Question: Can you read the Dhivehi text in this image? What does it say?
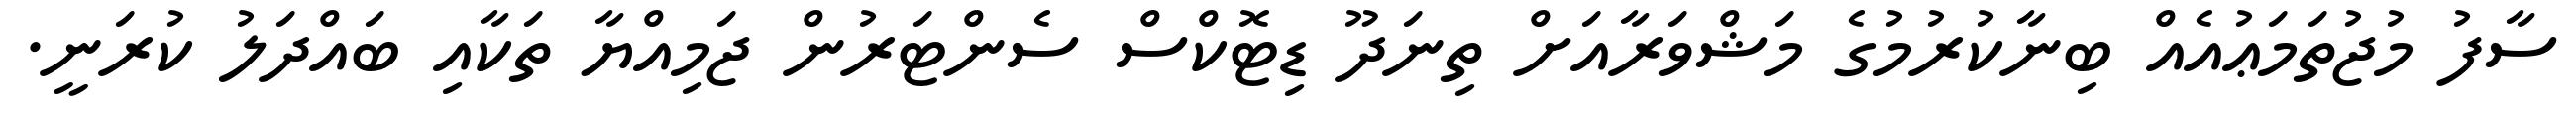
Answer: ސާފު މުޖުތަމަޢުއެއް ބިނާކުރުމުގެ މަޝްވަރާއަށް ތިނަދޫ ޑިޓޮކްސް ސެންޓަރުން ޖަމިއްޔާ ތަކާއި ބައްދަލު ކުރަނީ.